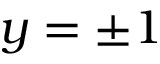
y = \pm 1